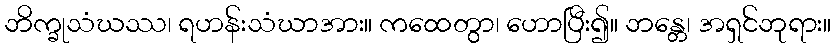
ဘိက္ခုသံဃဿ၊ ရဟန်းသံဃာအား။ ကထေတွာ၊ ဟောပြီး၍။ ဘန္တေ၊ အရှင်ဘုရား။